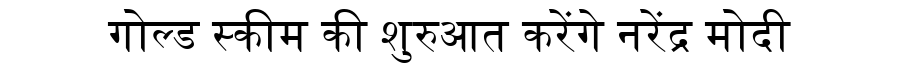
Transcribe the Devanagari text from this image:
गोल्ड स्कीम की शुरुआत करेंगे नरेंद्र मोदी